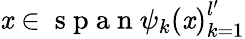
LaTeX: \mathit{x}\in\mathrm{{~s~p~a~n~}}{\psi_{k}(\mathit{x})}_{k=1}^{l^{\prime}}